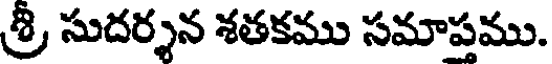
శ్రీ సుదర్శన శతకము సమాపము.